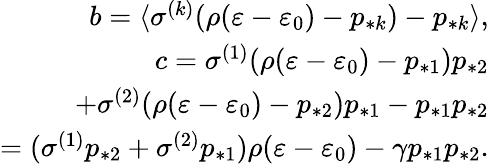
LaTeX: \begin{array}{r}{b=\langle\sigma^{(k)}(\rho(\varepsilon-\varepsilon_{0})-p_{*k})-p_{*k}\rangle,}\\ {c=\sigma^{(1)}(\rho(\varepsilon-\varepsilon_{0})-p_{*1})p_{*2}}\\ {+\sigma^{(2)}(\rho(\varepsilon-\varepsilon_{0})-p_{*2})p_{*1}-p_{*1}p_{*2}}\\ {=(\sigma^{(1)}p_{*2}+\sigma^{(2)}p_{*1})\rho(\varepsilon-\varepsilon_{0})-\gamma p_{*1}p_{*2}.}\end{array}